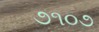
૭૧૦૭